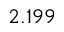
2 . 1 9 9